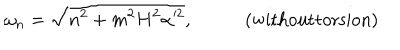
\omega _ { n } = \sqrt { n ^ { 2 } + m ^ { 2 } H ^ { 2 } \alpha ^ { 2 } } , \; \mathrm { ( w i t h o u t t o r s i o n ) }